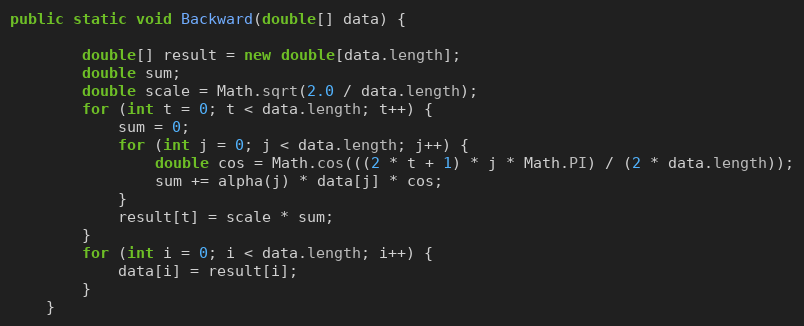
Language: Java
public static void Backward(double[] data) {

        double[] result = new double[data.length];
        double sum;
        double scale = Math.sqrt(2.0 / data.length);
        for (int t = 0; t < data.length; t++) {
            sum = 0;
            for (int j = 0; j < data.length; j++) {
                double cos = Math.cos(((2 * t + 1) * j * Math.PI) / (2 * data.length));
                sum += alpha(j) * data[j] * cos;
            }
            result[t] = scale * sum;
        }
        for (int i = 0; i < data.length; i++) {
            data[i] = result[i];
        }
    }